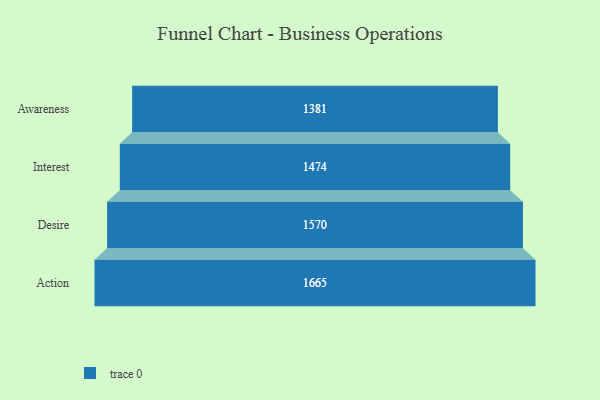
{"axis": {"x": "Stage", "y": "Value"}, "legend": [""], "data": [{"x": "Awareness", "y": 1381.0, "type": ""}, {"x": "Interest", "y": 1474.0, "type": ""}, {"x": "Desire", "y": 1570.0, "type": ""}, {"x": "Action", "y": 1665.0, "type": ""}]}